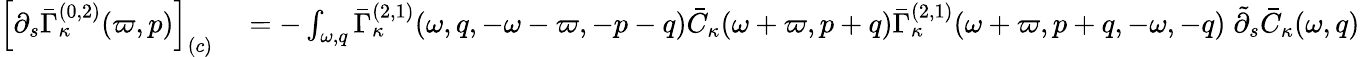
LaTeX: \begin{array}{rl}{\left[\partial_{s}\bar{\Gamma}_{\kappa}^{(0,2)}(\varpi,p)\right]_{(c)}}&{{}=-\int_{\omega,q}\bar{\Gamma}_{\kappa}^{(2,1)}(\omega,q,-\omega-\varpi,-p-q)\bar{C}_{\kappa}(\omega+\varpi,p+q)\bar{\Gamma}_{\kappa}^{(2,1)}(\omega+\varpi,p+q,-\omega,-q)\; \tilde{\partial}_{s}\bar{C}_{\kappa}(\omega,q)}\end{array}